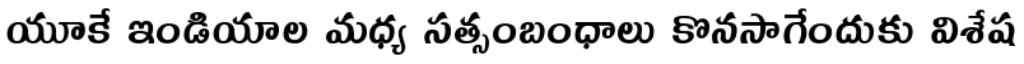
యూకే ఇండియాల మధ్య సత్సంబంధాలు కొనసాగేందుకు విశేష